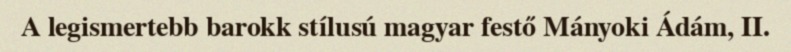
A legismertebb barokk stílusú magyar festő Mányoki Ádám, II.